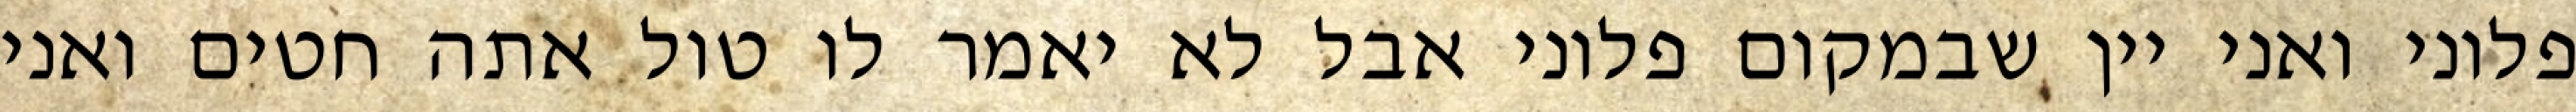
פלוני ואני יין שבמקום פלוני אבל לא יאמר לו טול אתה חטים ואני